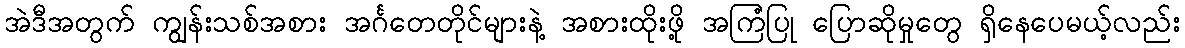
အဲဒီအတွက် ကျွန်းသစ်အစား အင်္ဂတေတိုင်များနဲ့ အစားထိုးဖို့ အကြံပြု ပြောဆိုမှုတွေ ရှိနေပေမယ့်လည်း